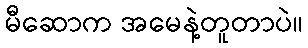
မီဆောက အမေနဲ့တူတာပဲ။